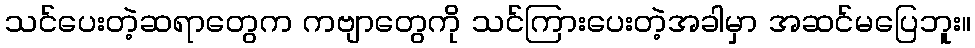
သင်ပေးတဲ့ဆရာတွေက ကဗျာတွေကို သင်ကြားပေးတဲ့အခါမှာ အဆင်မပြေဘူး။